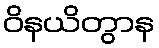
ဝိနယိတွာန